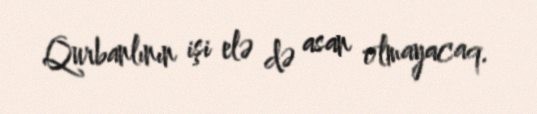
Qurbanlının işi elə də asan olmayacaq.